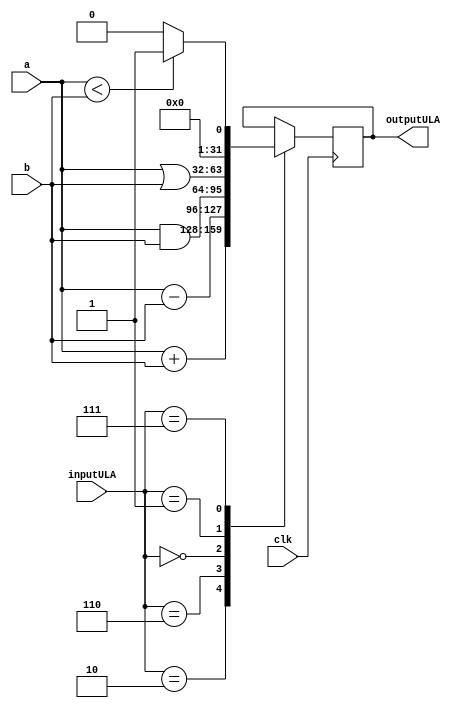
module ULA (input         clk,
						input  [0:3]  inputULA, 
						input  [0:31] a,
						input  [0:31] b,
						output reg [0:31] outputULA);
	always @ (posedge clk) begin
		case(inputULA)
			4'b0010: outputULA <= a+b;
			4'b0110: outputULA <= a-b;
			4'b0000: outputULA <= a&b;
			4'b0001: outputULA <= a|b;
			4'b0111: if (a < b)
								outputULA <= 32'b00000000000000000000000000000001;
							else
								outputULA <= 32'b00000000000000000000000000000000;
			default;
		endcase	
	end
endmodule